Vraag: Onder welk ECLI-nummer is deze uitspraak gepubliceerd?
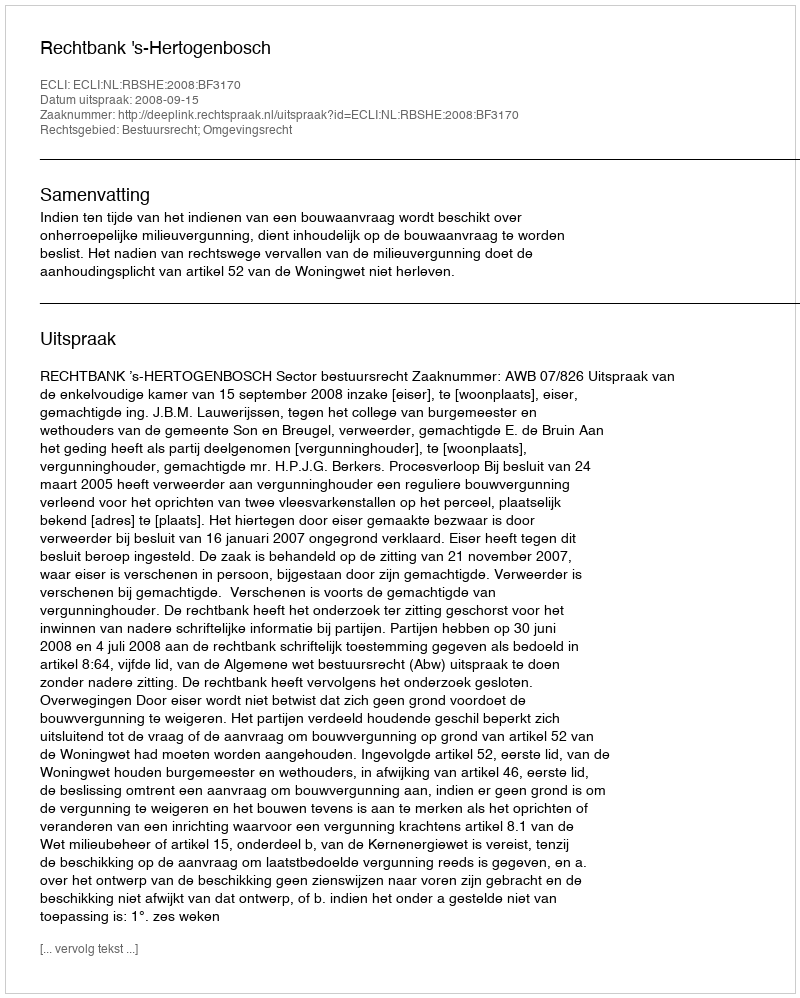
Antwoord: ECLI:NL:RBSHE:2008:BF3170